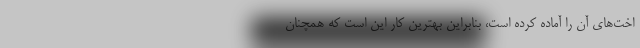
اخت‌های آن را آماده کرده است، بنابراین بهترین کار این است که همچنان